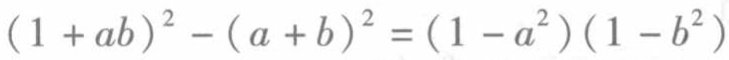
\((1 + ab)^{2} - (a + b)^{2} = (1 - a^{2})(1 - b^{2})\)